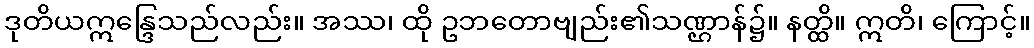
ဒုတိယဣန္ဒြေသည်လည်း။ အဿ၊ ထို ဥဘတောဗျည်း၏သဏ္ဌာန်၌။ နတ္ထိ။ ဣတိ၊ ကြောင့်။